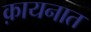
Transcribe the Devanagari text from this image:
क़ायनात